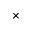
\times